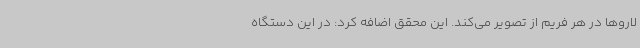
لاروها در هر فریم از تصویر می‌کند. این محقق اضافه کرد: در این دستگاه